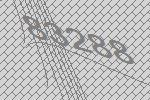
83288